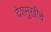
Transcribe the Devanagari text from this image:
देशमुखीचे